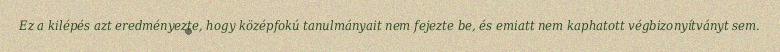
Ez a kilépés azt eredményezte, hogy középfokú tanulmányait nem fejezte be, és emiatt nem kaphatott végbizonyítványt sem.